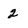
Character: 2